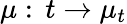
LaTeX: \mu:\, t\to\mu_{t}